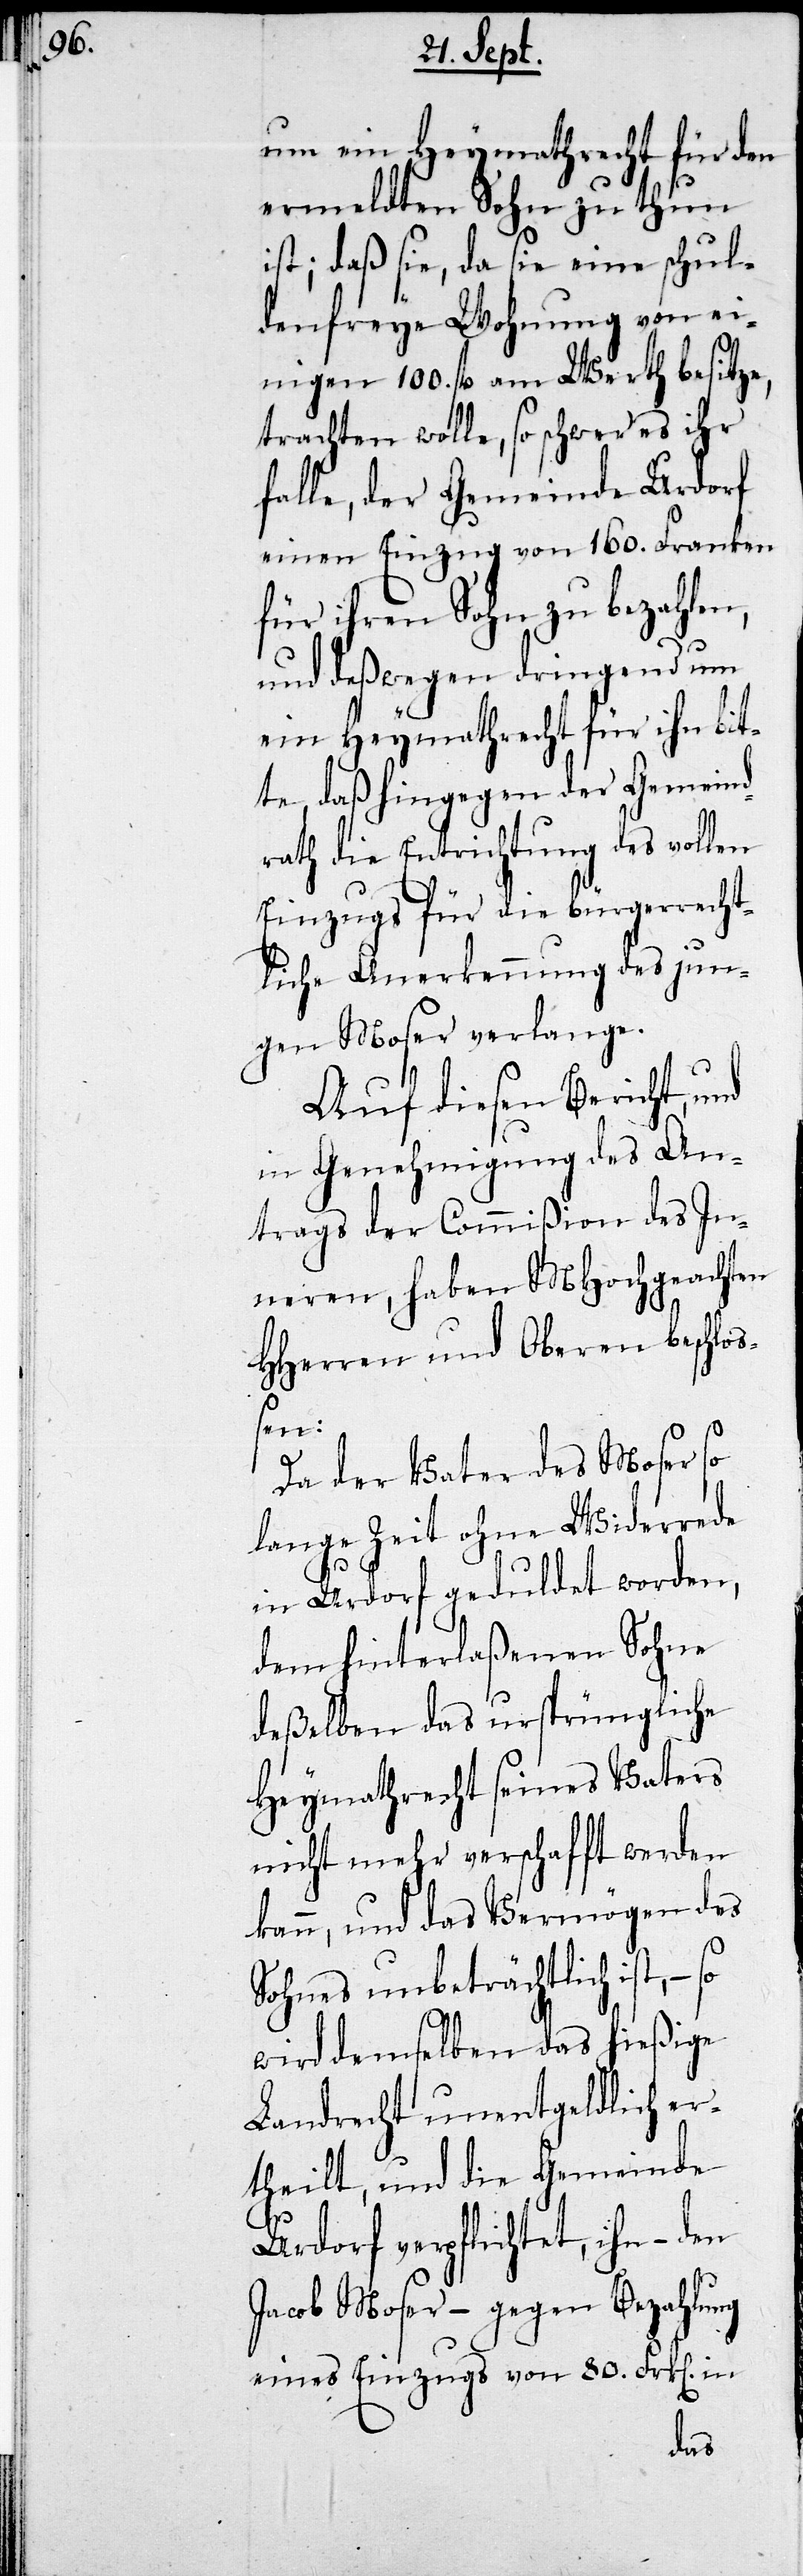
um ein Heymathrecht für den
ermeldten Sohn zu thun
ist; daß sie, da sie eine schul¬
denfreye Wohnung von ei¬
nigen 100. fl am Werth besitze,
trachten wolle, so schwer es ihr
falle, der Gemeinde Urdorf
einen Einzug von 160. Franken
für ihren Sohn zu bezahlen,
und deßwegen dringend um
ein Heymathrecht für ihn bit¬
te, daß hingegen der Gemeind¬
rath die Entrichtung des vollen
Einzugs für die bürgerrecht¬
liche Anerkennung des jun¬
gen Moser verlange.
Auf diesen Bericht, und
in Genehmigung des An¬
trags der Comißion des In¬
neren, haben MHochgeachten
HHerren und Oberen beschloß¬
en:
Da der Vater des Moser so
lange Zeit ohne Widerrede
in Urdorf geduldet worden,
dem hinterlaßenen Sohne
deßelben das ursprüngliche
Heymathrecht seines Vaters
nicht mehr verschafft werden
kann, und das Vermögen des
Sohnes unbeträchtlich ist, – so
wird demselben das hießige
Landrecht unentgeldlich er¬
theilt, und die Gemeinde
Urdorf verpflichtet, ihn, – den
Jacob Moser – gegen Bezahlung
eines Einzugs von 80. Frk. in